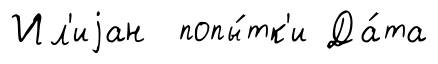
Ил'иjан попы́тк'и Да́та